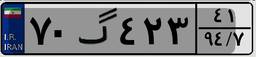
۷۰گ۴۲۳۴۱